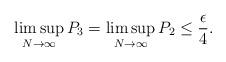
LaTeX: \begin{align*} \limsup_{N \to \infty} P_3 = \limsup_{N \to \infty} P_2 \leq \frac{\epsilon}{4}. \end{align*}